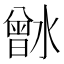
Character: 𰝉